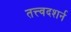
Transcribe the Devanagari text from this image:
तत्त्वदशर्न